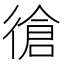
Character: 𱝷